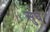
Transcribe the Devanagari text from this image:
सुघ